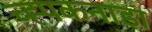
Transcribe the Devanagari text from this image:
च्ह्पकनाडा